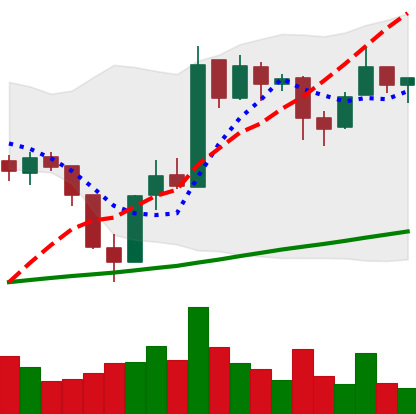
Ticker: BTC-USD
Chart end date: 2017-07-30
Forward return: 5.031%
Label: up_5_7